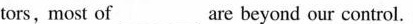
tors, most of ___ are beyond our control.